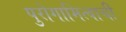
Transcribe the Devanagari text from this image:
पुरोगामित्वाची